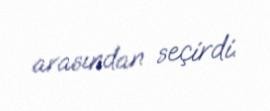
arasından seçirdi.